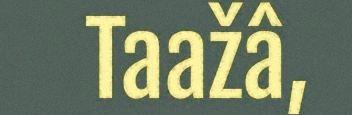
Taažâ,